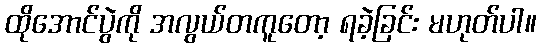
ထိုအောင်ပွဲကို အလွယ်တကူတော့ ရခဲ့ခြင်း မဟုတ်ပါ။